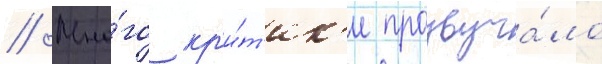
// Мно́го кр'и́т'ик'и прозвуча́ло